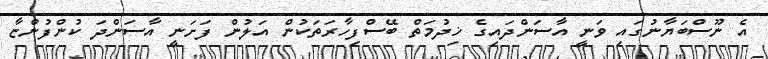
އެ ނޫސްބަޔާނުގައި ވަނީ އާސަންދައިގެ ޚިދުމަތް ބޭސްފިހާރަތަކުން އަލުން ފަށަނީ އާސަންދަ ކުންފުންޏާ